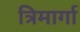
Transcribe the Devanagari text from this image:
त्रिमार्गा